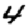
Digit: 4